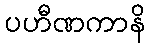
ပဟီဏကာနိ